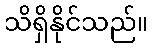
သိရှိနိုင်သည်။